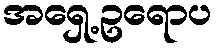
အရှေ့ဥရောပ